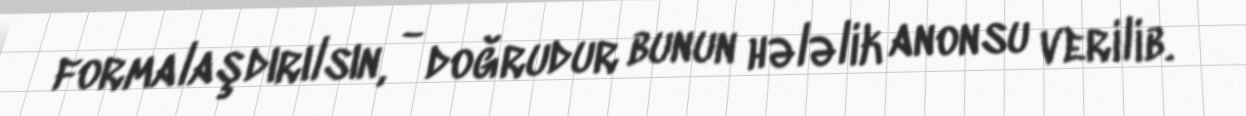
formalaşdırılsın, - doğrudur bunun hələlik anonsu verilib.